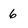
Character: 6